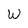
Character: W